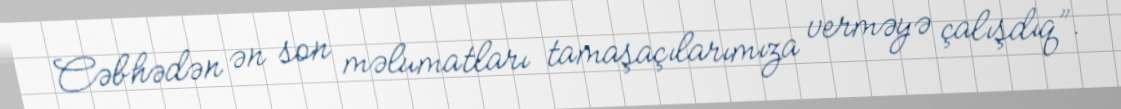
Cəbhədən ən son məlumatları tamaşaçılarımıza verməyə çalışdıq”.